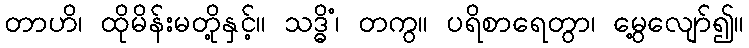
တာဟိ၊ ထိုမိန်းမတို့နှင့်။ သဒ္ဓိံ၊ တကွ။ ပရိစာရေတွာ၊ မွေ့လျော်၍။